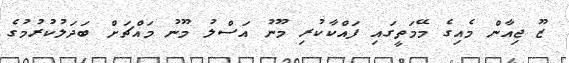
ޒޫ ޖިއާން މެއިގެ މޭމަތީގައި ފައްކާކުރި މޫނު އަސްލު މޫނު މައްޗަށް ބަދަލުކުރުމުގެ